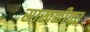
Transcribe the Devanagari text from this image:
साखळीवर